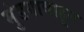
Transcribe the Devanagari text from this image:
मुंडगावाहून